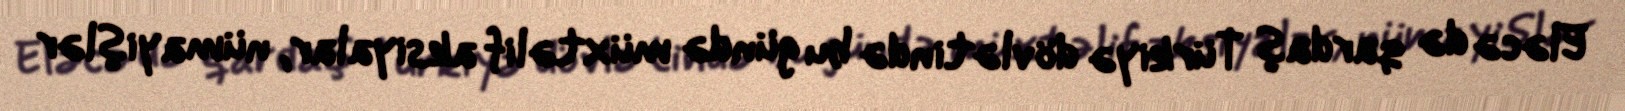
Eləcə də qardaş Türkiyə dövlətində bu gündə müxtəlif aksiyalar, nümayişlər